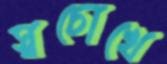
স্বচোখে